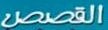
القصص